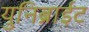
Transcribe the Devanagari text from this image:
युनिब्राईट